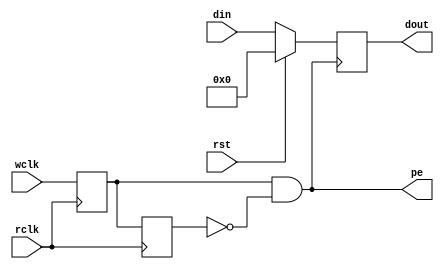
`timescale 1ns / 1ps
//////////////////////////////////////////////////////////////////////////////////
// Company: 
// Engineer: 
// 
// Design Name: 
// Module Name: top
// Project Name: 
// Target Devices: 
// Tool Versions: 
// Description: 
// 
// Dependencies: 
// 
// Revision:
// Revision 0.01 - File Created
// Additional Comments:
// 
//////////////////////////////////////////////////////////////////////////////////
module ltoh#(parameter DATA_WIDTH = 32, LOC = 64, ADD_WIDTH = 4)(
input rst,
input wclk,
input rclk,
input  [DATA_WIDTH-1 :0]din,
output reg [DATA_WIDTH-1 :0]dout,
output pe
    );
 
 reg wclk1,wclk2;   

    
always@(posedge rclk)
        begin
        
         wclk1 <= wclk;
         wclk2 <= wclk1;
         end    
 
 assign pe = wclk1 & (~wclk2);
 
 always @ (posedge pe)
 if(rst)
        begin
         dout <= 0;
        end
  else
     begin
     dout <= din;
     end
 
endmodule